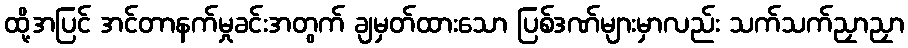
ထို့အပြင် အင်တာနက်မှုခင်းအတွက် ချမှတ်ထားသော ပြစ်ဒဏ်များမှာလည်း သက်သက်ညှာညှာ